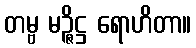
တမ္ဗ မဉ္ဇိဋ္ဌ ရောဟိတာ။